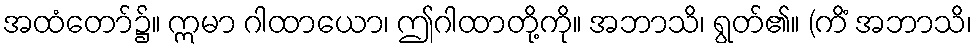
အထံတော်၌။ ဣမာ ဂါထာယော၊ ဤဂါထာတို့ကို။ အဘာသိ၊ ရွတ်၏။ (ကိံ အဘာသိ၊